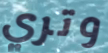
وتري